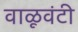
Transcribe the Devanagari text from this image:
वाळूवंटी